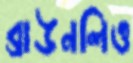
ব্রাউনলিও